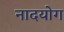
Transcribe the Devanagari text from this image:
नादयोग